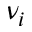
\nu _ { i }